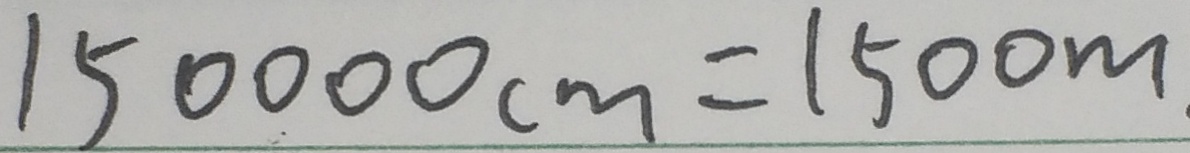
1 5 0 0 0 0 c m = 1 5 0 0 m